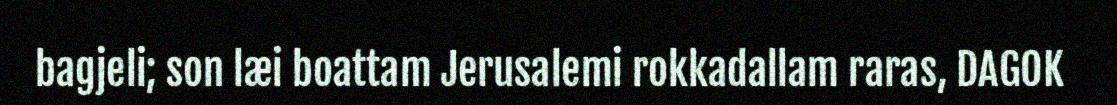
bagjeli; son læi boattam Jerusalemi rokkadallam raras, DAGOK